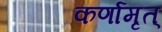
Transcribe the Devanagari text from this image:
कर्णामृत्